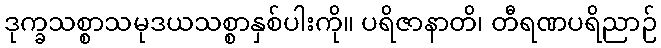
ဒုက္ခသစ္စာသမုဒယသစ္စာနှစ်ပါးကို။ ပရိဇာနာတိ၊ တီရဏပရိညာဉ်